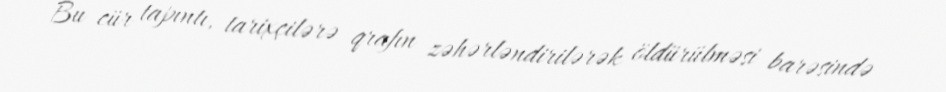
Bu cür tapıntı, tarixçilərə qrafın zəhərləndirilərək öldürülməsi barəsində